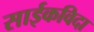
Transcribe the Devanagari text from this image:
साईकविदा